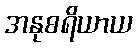
အနုစရိယာယ